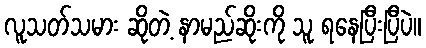
လူသတ်သမား ဆိုတဲ့ နာမည်ဆိုးကို သူ ရနေပြီးပြီပဲ။